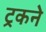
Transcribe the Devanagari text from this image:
ट्रकने